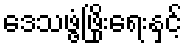
ဒေသဖွံ့ဖြိုးရေးနှင့်